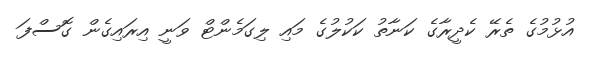
އުޅުމުގެ ތެރޭ ކެދީރާގެ ކަނާތު ކަކުލުގެ މައި ލިގަމެންޓް ވަނީ އިރައިގެން ގޮސްފަ